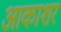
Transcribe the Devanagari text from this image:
आकाशर